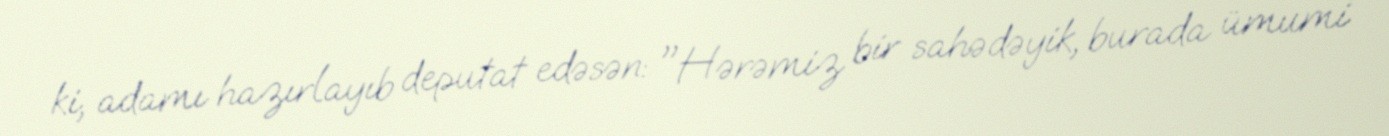
ki, adamı hazırlayıb deputat edəsən: "Hərəmiz bir sahədəyik, burada ümumi